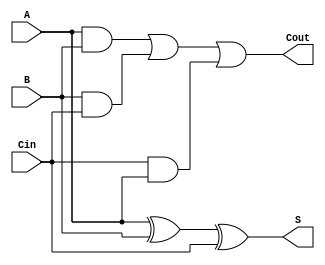
module FullAdder (
    input  wire A,     // First binary digit
    input  wire B,     // Second binary digit
    input  wire Cin,   // Carry-in from the previous less significant bit
    output wire S,     // Sum output
    output wire Cout    // Carry-out to the next more significant bit
);

    // Sum output (S) calculation using XOR gates
    assign S = A ^ B ^ Cin;

    // Carry-out (Cout) calculation using AND and OR gates
    assign Cout = (A & B) | (B & Cin) | (Cin & A);

endmodule